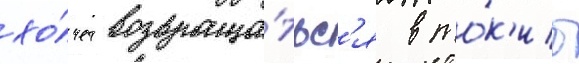
хо́чет возвраща́тьс'я в то́к'ио